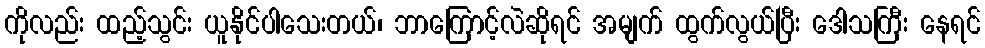
ကိုလည်း ထည့်သွင်း ယူနိုင်ပါသေးတယ်၊ ဘာကြောင့်လဲဆိုရင် အမျက် ထွက်လွယ်ပြီး ဒေါသကြီး နေရင်